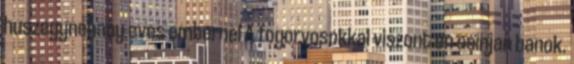
huszegynehany eves embernel A fogorvosokkal viszont en csinjan banok.